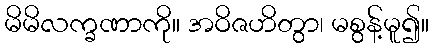
မိမိလက္ခဏာကို။ အဝိဇဟိတွာ၊ မစွန့်မူ၍။